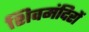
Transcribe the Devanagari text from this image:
शिवमंदिरों